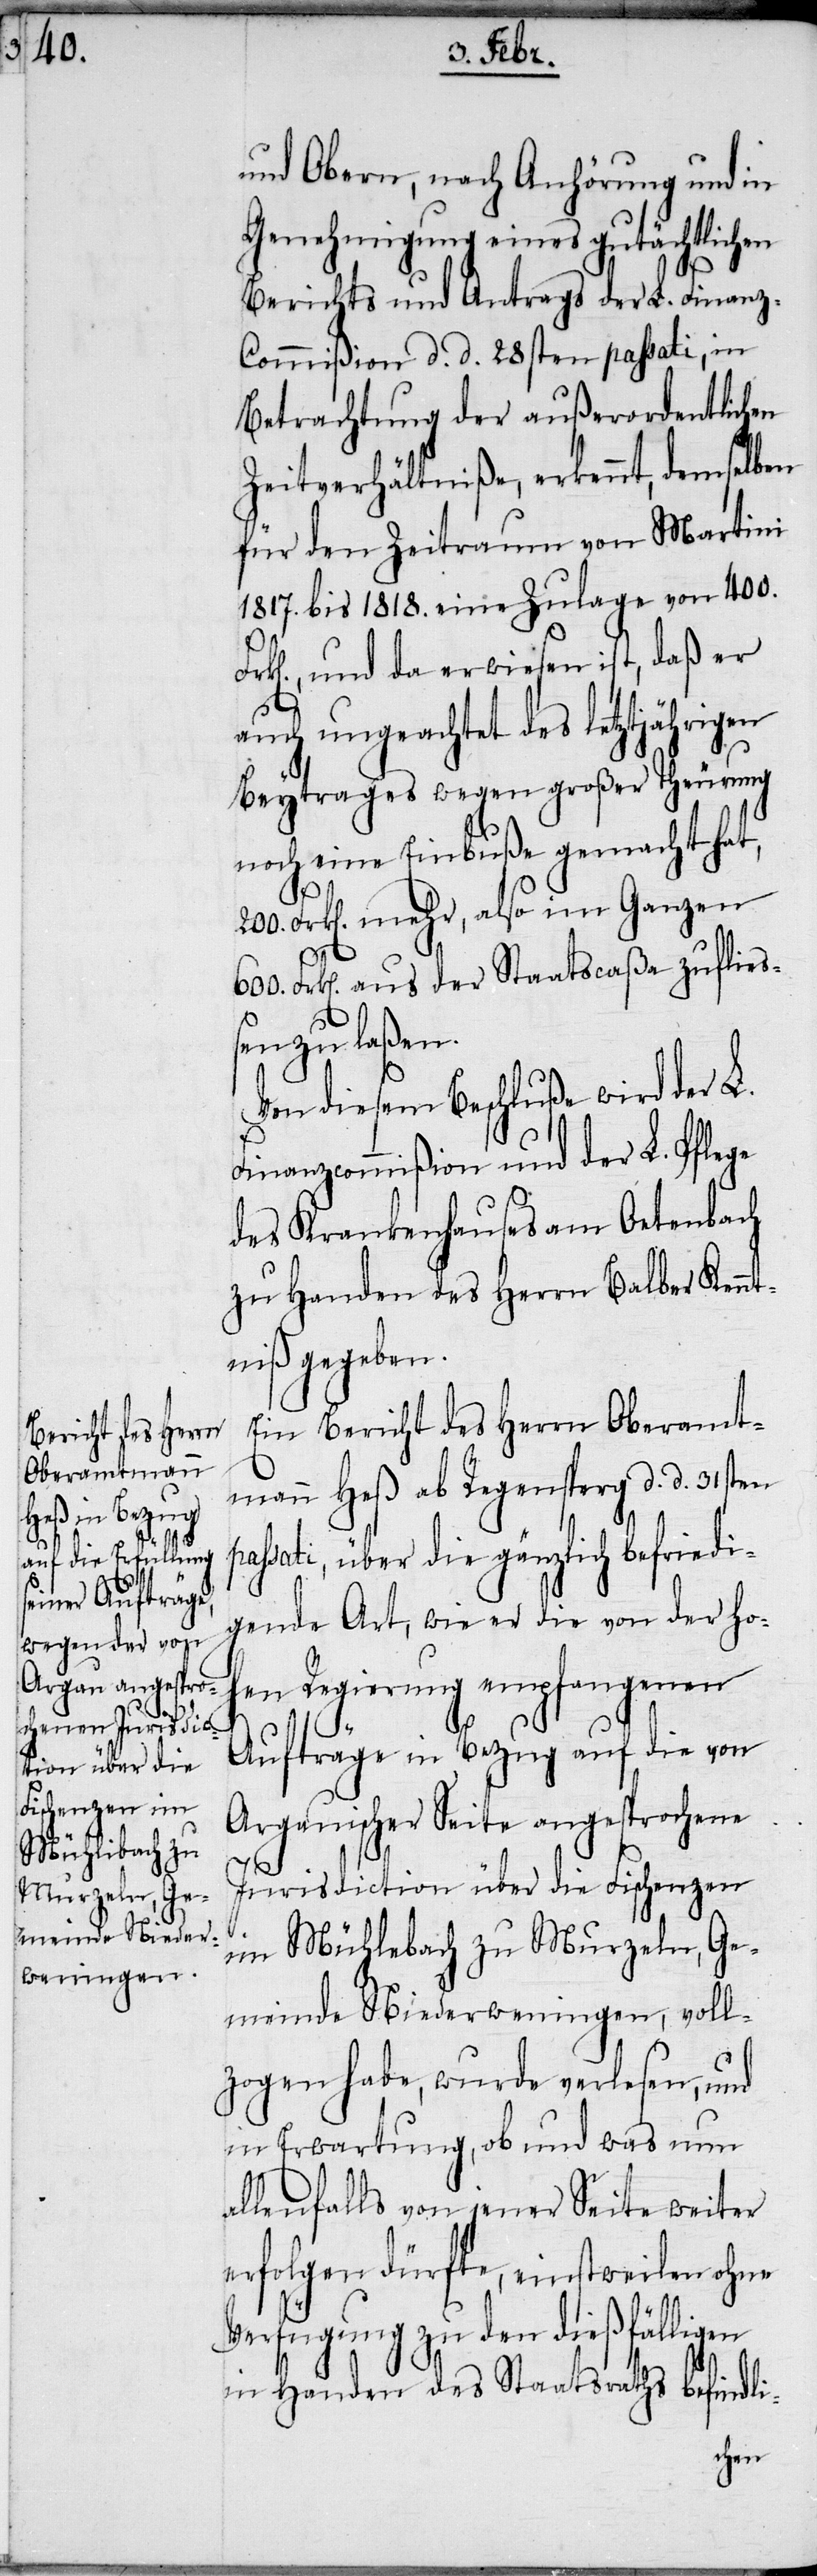
Mühlebach zu
rweningen,

und Obern, nach Anhörung und in
Genehmigung eines gutächtlichen
Berichts und Antrags der L. Finanz-C¬
ommißion d. d. 28sten passati, in
Betrachtung der außerordentlichen
Zeitverhältniße, erkennt, demselben
für den Zeitraum von Martini
1817. bis 1818. eine Zulage von 400.
und da erwiesen ist, daß er
auch ungeachtet des letztjährigen
Beytrages wegen großer Theurung
noch eine Einbuße gemacht hat,
Frk[en]. mehr, also im Ganzen
600. Frk[en]. aus der Staatscaßa zufließ¬
en zu laßen.
Von diesem Beschluße wird der L.
Finanzcommißion und der L. Pflege
des Krankenhauses am Oetenbach
zu Handen des Herrn Balber Kennt¬
niß gegeben.
Ein Bericht des Herrn Oberamt¬
mann Heß ab Regensperg d. d. 31sten
passati, über die gänzlich befriedi¬
gende Art, wie er die von der Hoh¬
en Regierung empfangenen
Aufträge in Bezug auf die von
Argauischer Seite angesprochene
voll¬
Jurisdiction über die Fischenzen
zogen habe, wurde verlesen, und
in Erwartung, ob und was nun
allenfalls von jener Seite weiter
erfolgen dürfte, einstweilen ohne
Verfügung zu den dießfälligen
in Handen des Staatsraths befindli-